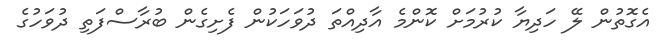
އެގޮތުން ލޭ ހަދިޔާ ކުރުމަށް ކޮންމެ އާދިއްތަ ދުވަހަކުން ފެށިގެން ބުރާސްފަތި ދުވަހުގެ